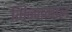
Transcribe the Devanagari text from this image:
भिन्‍नमाल